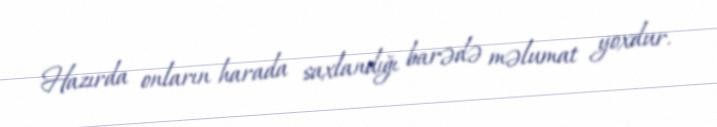
Hazırda onların harada saxlandığı barədə məlumat yoxdur.